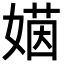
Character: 𡟻